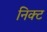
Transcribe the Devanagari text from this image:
निक्ट